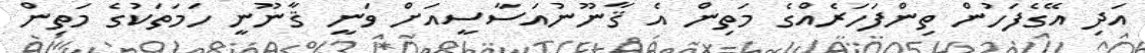
އަދި އޭގެފަހުން ތިންފަހަރެއްގެ މަތިން އެ ޤާނޫނުއަސާސީއަށް ވަނީ ޤާނޫނީ ހަމަތަކުގެ މަތިން